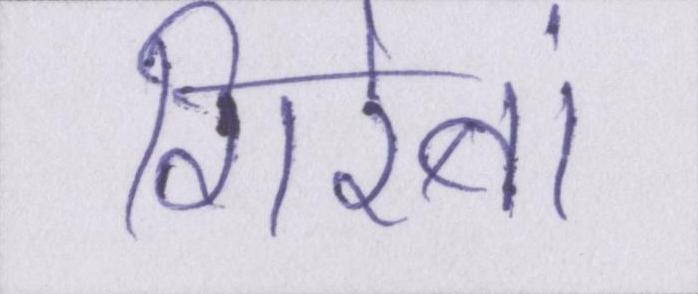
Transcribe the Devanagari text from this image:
गिरेबां